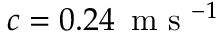
c = 0 . 2 4 \, \mathrm { ~ m ~ s ~ } ^ { - 1 }